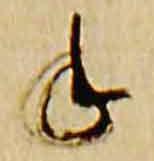
手